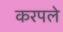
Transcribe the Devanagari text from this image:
करपले